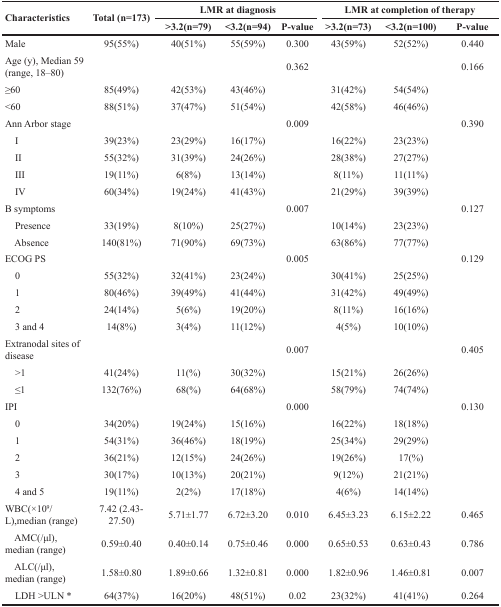
<table><thead><tr><td rowspan="2"><b>Characteristics</b></td><td rowspan="2"><b>Total (n=173)</b></td><td colspan="3"><b>LMR at diagnosis</b></td><td colspan="3"><b>LMR at completion of therapy</b></td></tr><tr><td><b>&gt;3.2(n=79)</b></td><td><b>&lt;3.2(n=94)</b></td><td><b>P-value</b></td><td><b>&gt;3.2(n=73)</b></td><td><b>&lt;3.2(n=100)</b></td><td><b>P-value</b></td></tr></thead><tbody><tr><td>Male</td><td>95(55%)</td><td>40(51%)</td><td>55(59%)</td><td>0.300</td><td>43(59%)</td><td>52(52%)</td><td>0.440</td></tr><tr><td>Age (y), Median 59 (range, 18–80)</td><td></td><td></td><td></td><td>0.362</td><td></td><td></td><td>0.166</td></tr><tr><td>≥60</td><td>85(49%)</td><td>42(53%)</td><td>43(46%)</td><td></td><td>31(42%)</td><td>54(54%)</td><td></td></tr><tr><td>&lt;60</td><td>88(51%)</td><td>37(47%)</td><td>51(54%)</td><td></td><td>42(58%)</td><td>46(46%)</td><td></td></tr><tr><td>Ann Arbor stage</td><td></td><td></td><td></td><td>0.009</td><td></td><td></td><td>0.390</td></tr><tr><td> I</td><td>39(23%)</td><td>23(29%)</td><td>16(17%)</td><td></td><td>16(22%)</td><td>23(23%)</td><td></td></tr><tr><td> II</td><td>55(32%)</td><td>31(39%)</td><td>24(26%)</td><td></td><td>28(38%)</td><td>27(27%)</td><td></td></tr><tr><td> III</td><td>19(11%)</td><td>6(8%)</td><td>13(14%)</td><td></td><td>8(11%)</td><td>11(11%)</td><td></td></tr><tr><td> IV</td><td>60(34%)</td><td>19(24%)</td><td>41(43%)</td><td></td><td>21(29%)</td><td>39(39%)</td><td></td></tr><tr><td>B symptoms</td><td></td><td></td><td></td><td>0.007</td><td></td><td></td><td>0.127</td></tr><tr><td> Presence</td><td>33(19%)</td><td>8(10%)</td><td>25(27%)</td><td></td><td>10(14%)</td><td>23(23%)</td><td></td></tr><tr><td> Absence</td><td>140(81%)</td><td>71(90%)</td><td>69(73%)</td><td></td><td>63(86%)</td><td>77(77%)</td><td></td></tr><tr><td>ECOG PS</td><td></td><td></td><td></td><td>0.005</td><td></td><td></td><td>0.129</td></tr><tr><td> 0</td><td>55(32%)</td><td>32(41%)</td><td>23(24%)</td><td></td><td>30(41%)</td><td>25(25%)</td><td></td></tr><tr><td> 1</td><td>80(46%)</td><td>39(49%)</td><td>41(44%)</td><td></td><td>31(42%)</td><td>49(49%)</td><td></td></tr><tr><td> 2</td><td>24(14%)</td><td>5(6%)</td><td>19(20%)</td><td></td><td>8(11%)</td><td>16(16%)</td><td></td></tr><tr><td> 3 and 4</td><td>14(8%)</td><td>3(4%)</td><td>11(12%)</td><td></td><td>4(5%)</td><td>10(10%)</td><td></td></tr><tr><td>Extranodal sites of disease</td><td></td><td></td><td></td><td>0.007</td><td></td><td></td><td>0.405</td></tr><tr><td> &gt;1</td><td>41(24%)</td><td>11(%)</td><td>30(32%)</td><td></td><td>15(21%)</td><td>26(26%)</td><td></td></tr><tr><td> ≤1</td><td>132(76%)</td><td>68(%)</td><td>64(68%)</td><td></td><td>58(79%)</td><td>74(74%)</td><td></td></tr><tr><td>IPI</td><td></td><td></td><td></td><td>0.000</td><td></td><td></td><td>0.130</td></tr><tr><td> 0</td><td>34(20%)</td><td>19(24%)</td><td>15(16%)</td><td></td><td>16(22%)</td><td>18(18%)</td><td></td></tr><tr><td> 1</td><td>54(31%)</td><td>36(46%)</td><td>18(19%)</td><td></td><td>25(34%)</td><td>29(29%)</td><td></td></tr><tr><td> 2</td><td>36(21%)</td><td>12(15%)</td><td>24(26%)</td><td></td><td>19(26%)</td><td>17(%)</td><td></td></tr><tr><td> 3</td><td>30(17%)</td><td>10(13%)</td><td>20(21%)</td><td></td><td>9(12%)</td><td>21(21%)</td><td></td></tr><tr><td> 4 and 5</td><td>19(11%)</td><td>2(2%)</td><td>17(18%)</td><td></td><td>4(6%)</td><td>14(14%)</td><td></td></tr><tr><td>WBC(×10<sup>9</sup>/L),median (range)</td><td>7.42 (2.43-27.50)</td><td>5.71±1.77</td><td>6.72±3.20</td><td>0.010</td><td>6.45±3.23</td><td>6.15±2.22</td><td>0.465</td></tr><tr><td> AMC(/μl), median (range)</td><td>0.59±0.40</td><td>0.40±0.14</td><td>0.75±0.46</td><td>0.000</td><td>0.65±0.53</td><td>0.63±0.43</td><td>0.786</td></tr><tr><td> ALC(/μl), median (range)</td><td>1.58±0.80</td><td>1.89±0.66</td><td>1.32±0.81</td><td>0.000</td><td>1.82±0.96</td><td>1.46±0.81</td><td>0.007</td></tr><tr><td> LDH &gt;ULN *</td><td>64(37%)</td><td>16(20%)</td><td>48(51%)</td><td>0.02</td><td>23(32%)</td><td>41(41%)</td><td>0.264</td></tr></tbody></table>